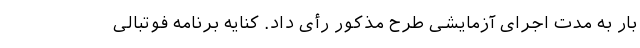
بار به مدت اجرای آزمایشی طرح مذکور رأی داد. کنایه‌ برنامه فوتبالی